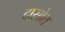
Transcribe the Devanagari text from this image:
दासोत